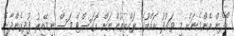
ބޯފެން އެންމެނަށް މި ވައުދު އައްޑޫގެ ރައްޔިތުންނަށް އޮގަސްޓް މަސް ނިމޭއިރު ފުދިގެންދާނެ